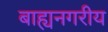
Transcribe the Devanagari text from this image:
बाह्यनगरीय